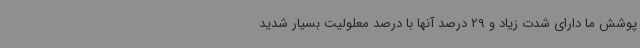
پوشش ما دارای شدت زیاد و 29 درصد آنها با درصد معلولیت بسیار شدید